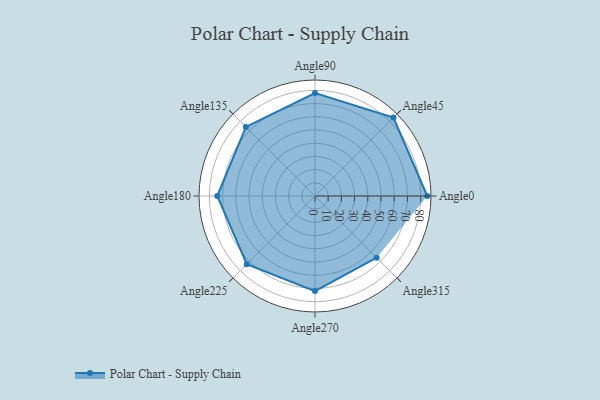
{"axis": {"x": "Angle", "y": "Radius"}, "legend": [""], "data": [{"x": "Angle0", "y": 85.0, "type": ""}, {"x": "Angle45", "y": 84.0, "type": ""}, {"x": "Angle90", "y": 78.0, "type": ""}, {"x": "Angle135", "y": 74.0, "type": ""}, {"x": "Angle180", "y": 74.0, "type": ""}, {"x": "Angle225", "y": 73.0, "type": ""}, {"x": "Angle270", "y": 72.0, "type": ""}, {"x": "Angle315", "y": 66.0, "type": ""}]}